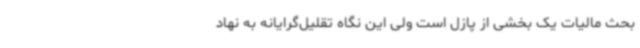
بحث مالیات یک بخشی از پازل است ولی این نگاه تقلیل‌گرایانه به نهاد